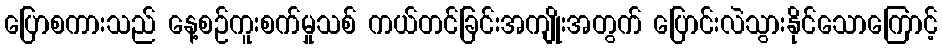
ပြောစကားသည် နေ့စဉ်ကူးစက်မှုသစ် ကယ်တင်ခြင်းအကျိုးအတွက် ပြောင်းလဲသွားနိုင်သောကြောင့်